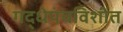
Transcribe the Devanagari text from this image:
गद्धेपंचविशीत